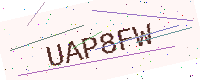
Text: UAP8FW